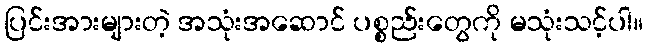
ပြင်းအားများတဲ့ အသုံးအဆောင် ပစ္စည်းတွေကို မသုံးသင့်ပါ။